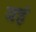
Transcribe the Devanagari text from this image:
वहं